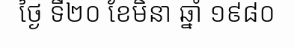
ថ្ងៃ ទី២០ ខែមិនា ឆ្នាំ ១៩៨០